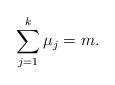
LaTeX: \begin{align*}\sum_{j=1}^k \mu_j= m .\end{align*}